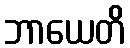
ဘာယေတိ